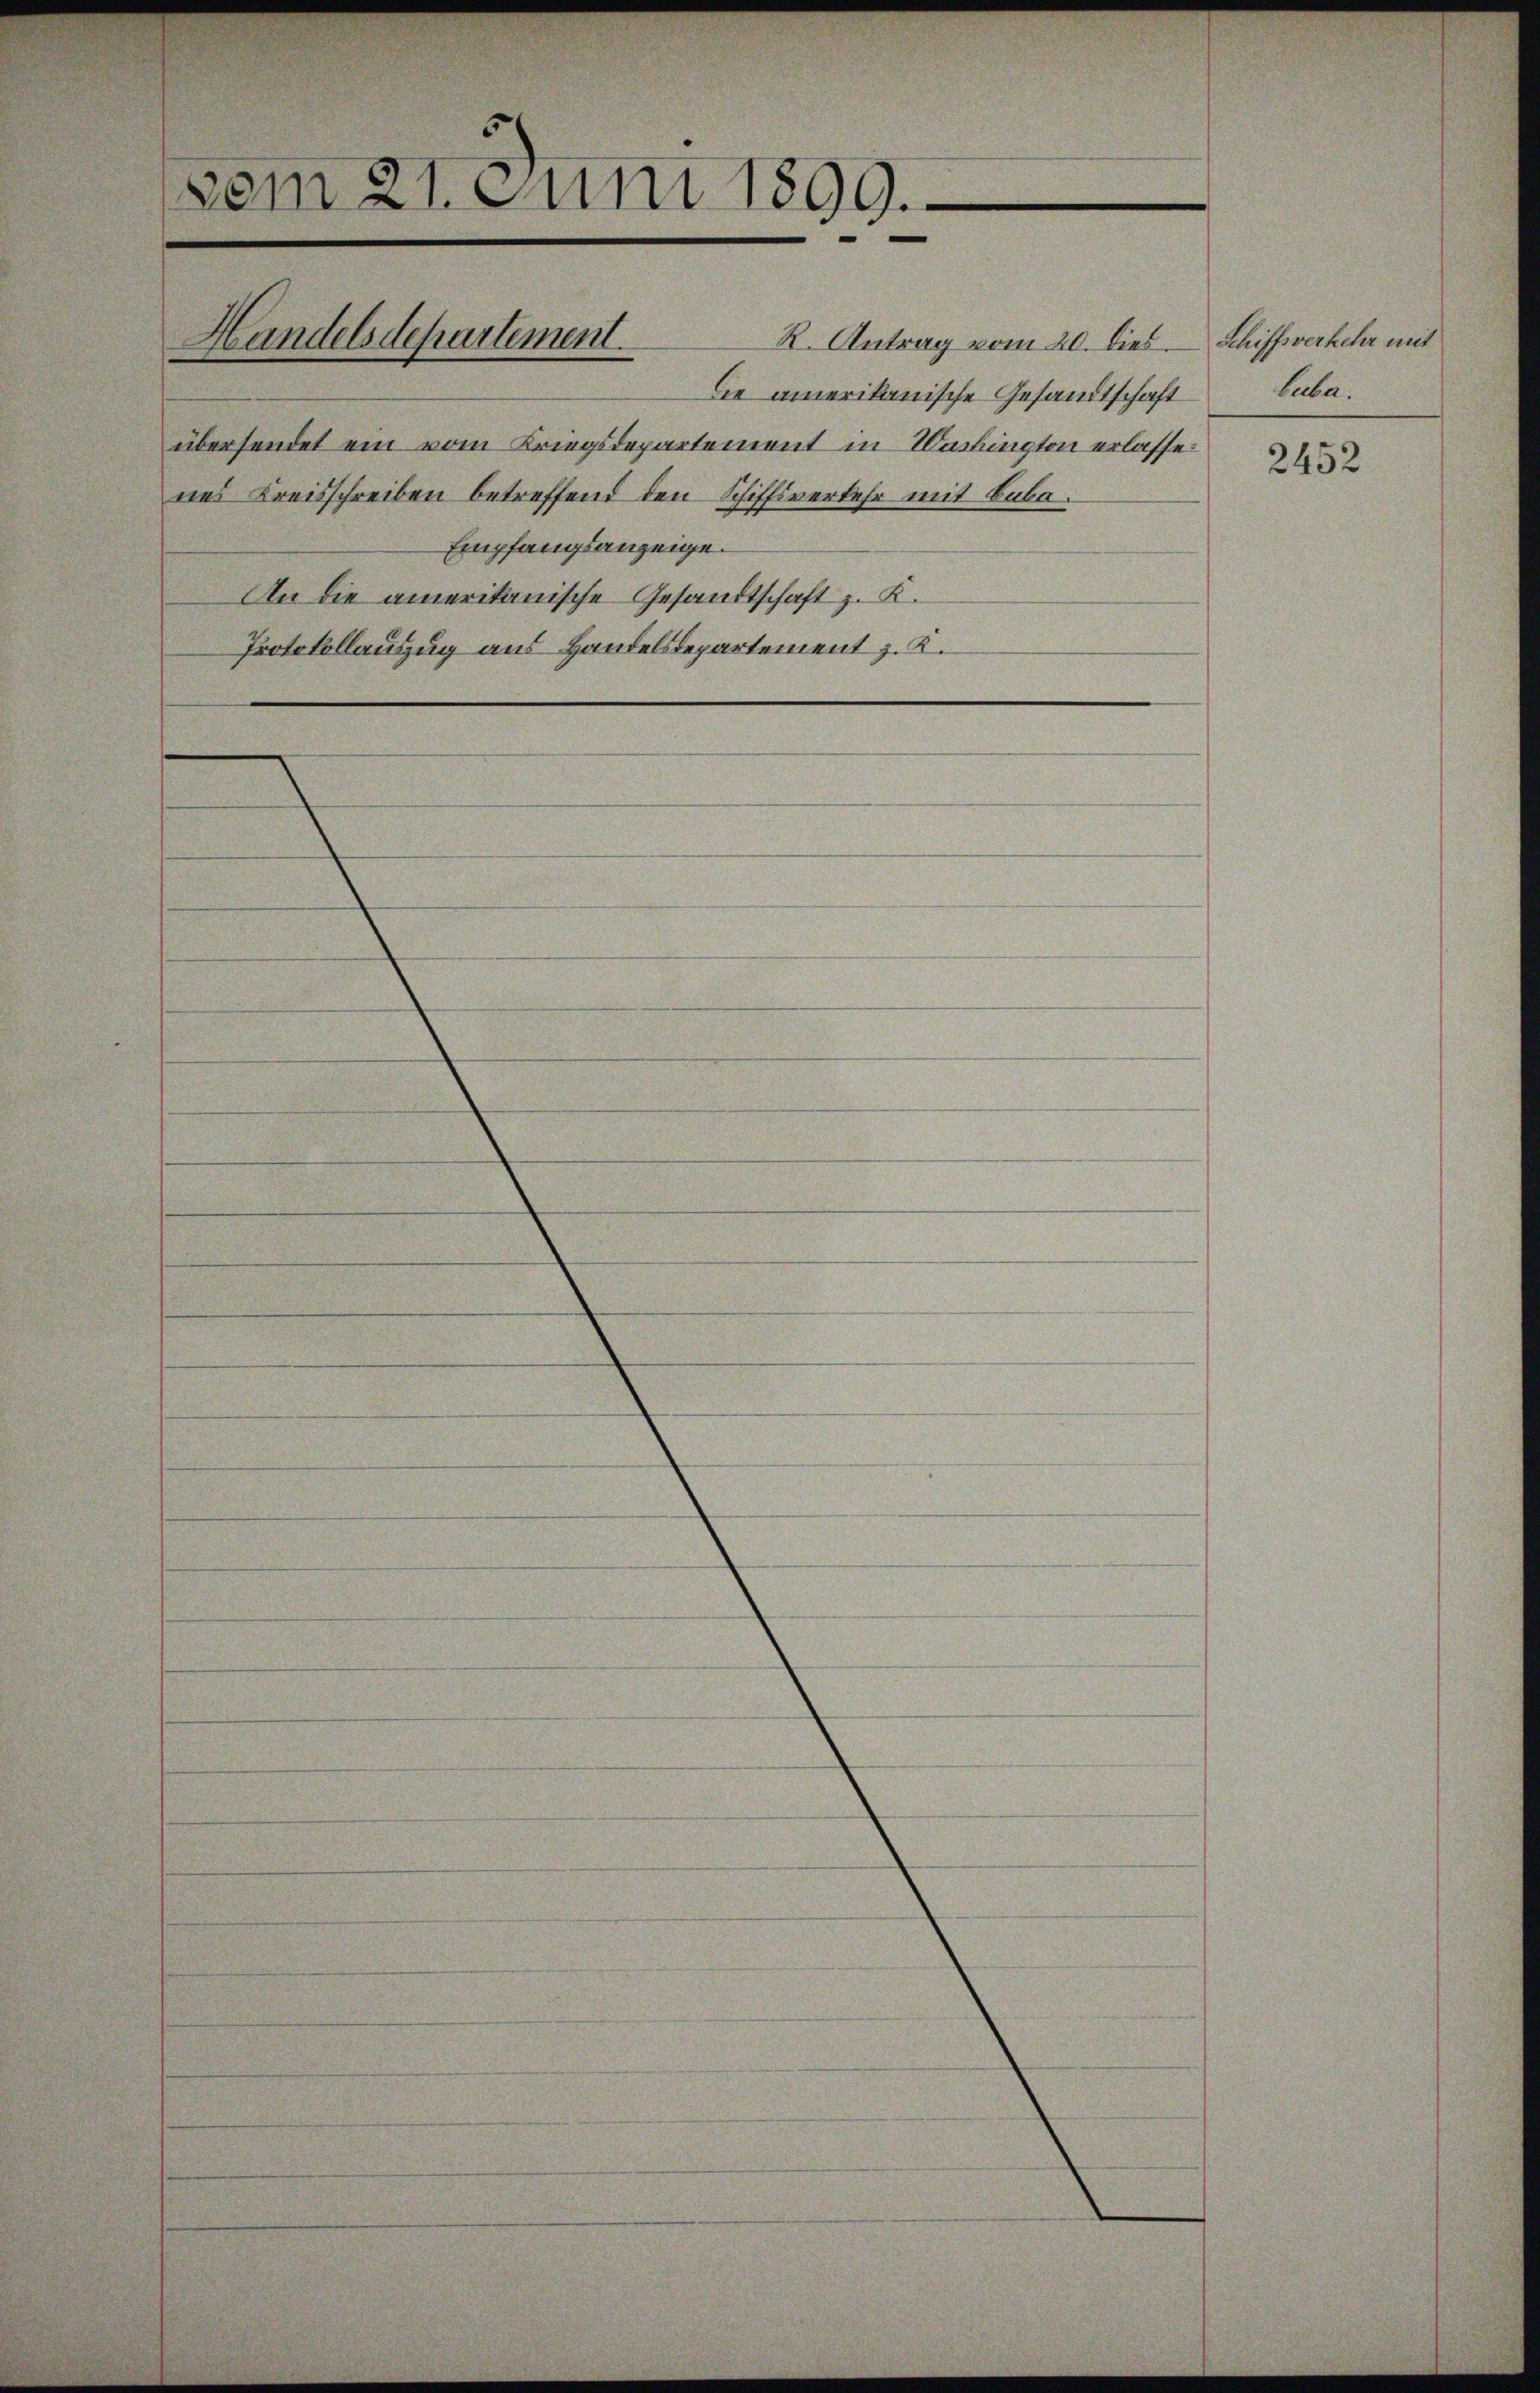
vem 21. Juni 1899
e

Die amerikanische Gesandtschaft
übersendet ein vom Kriegsdepartement in Washington erlassenes Kreisschreiben betreffend den Schiffsverkehr mit Buba
Empfangsanzeige.
An die amerikanische Gesandtschaft z. K.
Protokollauszug aus Handelsdepartement z. K.

Handelsdepartement.

R. Antrag vom 20. dies

Schiffsverkehr mit
lebe.

2452